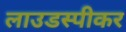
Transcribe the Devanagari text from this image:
लाउडस्‍पीकर